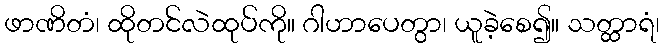
ဖာဏိတံ၊ ထိုတင်လဲထုပ်ကို။ ဂါဟာပေတွာ၊ ယူခဲ့စေ၍။ သတ္ထာရံ၊